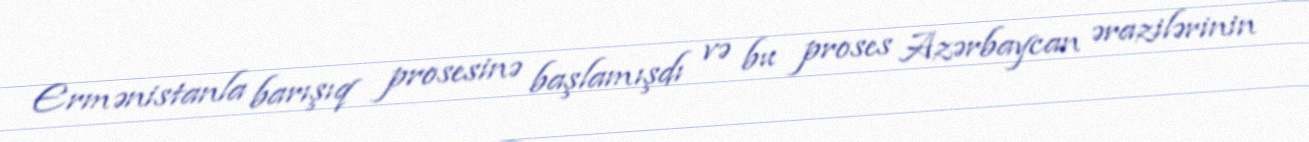
Ermənistanla barışıq prosesinə başlamışdı və bu proses Azərbaycan ərazilərinin